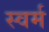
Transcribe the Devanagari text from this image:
स्वर्म